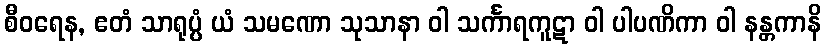
စီဝရေန, ဧတံ သာရုပ္ပံ ယံ သမဏော သုသာနာ ဝါ သင်္ကာရကူဋာ ဝါ ပါပဏိကာ ဝါ နန္တကာနိ